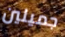
جميلين